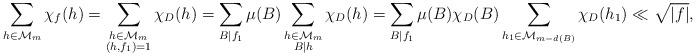
LaTeX: \begin{align*}\sum_{h \in \mathcal{M}_m} \chi_f(h) = \sum_{\substack{h \in \mathcal{M}_m \\ (h,f_1)=1}} \chi_D(h) = \sum_{B | f_1} \mu(B) \sum_{\substack{ h \in \mathcal{M}_m \\ B|h}} \chi_D(h) = \sum_{B | f_1} \mu(B) \chi_D(B) \sum_{h_1 \in \mathcal{M}_{m - d(B)}} \chi_D(h_1) \ll \sqrt{|f|},\end{align*}